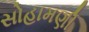
સોહામણી